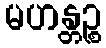
မဟန္တဉ္စ